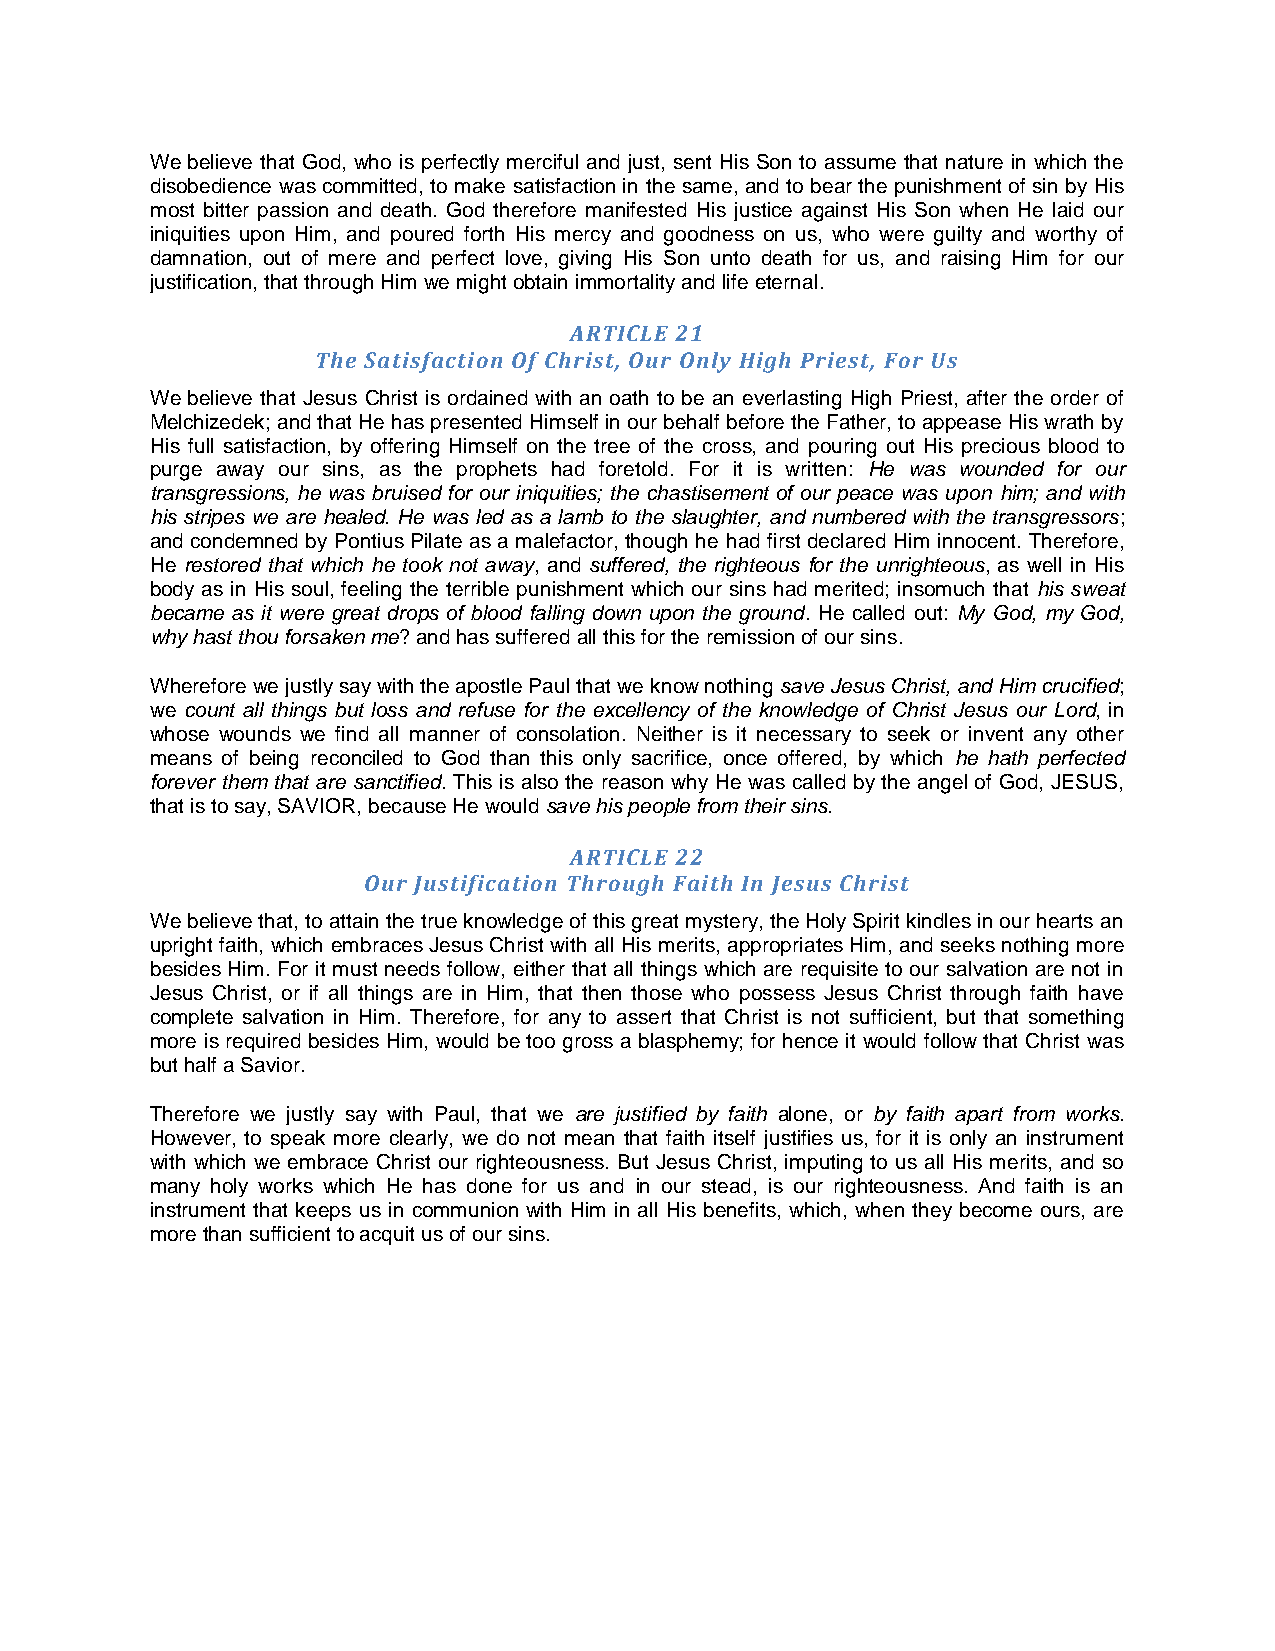
We believe that God, who is perfectly merciful and just, sent His Son to assume that nature in which the
 disobedience was committed, to make satisfaction in the same, and to bear the punishment of sin by His
 most bitter passion and death. God therefore manifested His justice against His Son when He laid our
 iniquities upon Him, and poured forth His mercy and goodness on us, who were guilty and worthy of
 damnation, out of mere and perfect love, giving His Son unto death for us, and raising Him for our
 justification, that through Him we might obtain immortality and life eternal.
 ARTICLE 21
 The Satisfaction Of Christ, Our Only High Priest, For Us
 We believe that Jesus Christ is ordained with an oath to be an everlasting High Priest, after the order of
 Melchizedek; and that He has presented Himself in our behalf before the Father, to appease His wrath by
 His full satisfaction, by offering Himself on the tree of the cross, and pouring out His precious blood to
 purge away our sins, as the prophets had foretold. For it is written: He was wounded for our
 transgressions, he was bruised for our iniquities; the chastisement of our peace was upon him; and with
 his stripes we are healed. He was led as a lamb to the slaughter, and numbered with the transgressors;
 and condemned by Pontius Pilate as a malefactor, though he had first declared Him innocent. Therefore,
 He restored that which he took not away, and suffered, the righteous for the unrighteous, as well in His
 body as in His soul, feeling the terrible punishment which our sins had merited; insomuch that his sweat
 became as it were great drops of blood falling down upon the ground. He called out: My God, my God,
 why hast thou forsaken me? and has suffered all this for the remission of our sins.
 Wherefore we justly say with the apostle Paul that we know nothing save Jesus Christ, and Him crucified;
 we count all things but loss and refuse for the excellency of the knowledge of Christ Jesus our Lord, in
 whose wounds we find all manner of consolation. Neither is it necessary to seek or invent any other
 means of being reconciled to God than this only sacrifice, once offered, by which he hath perfected
 forever them that are sanctified. This is also the reason why He was called by the angel of God, JESUS,
 that is to say, SAVIOR, because He would save his people from their sins.
 ARTICLE 22
 Our Justification Through Faith In Jesus Christ
 We believe that, to attain the true knowledge of this great mystery, the Holy Spirit kindles in our hearts an
 upright faith, which embraces Jesus Christ with all His merits, appropriates Him, and seeks nothing more
 besides Him. For it must needs follow, either that all things which are requisite to our salvation are not in
 Jesus Christ, or if all things are in Him, that then those who possess Jesus Christ through faith have
 complete salvation in Him. Therefore, for any to assert that Christ is not sufficient, but that something
 more is required besides Him, would be too gross a blasphemy; for hence it would follow that Christ was
 but half a Savior.
 Therefore we justly say with Paul, that we are justified by faith alone, or by faith apart from works.
 However, to speak more clearly, we do not mean that faith itself justifies us, for it is only an instrument
 with which we embrace Christ our righteousness. But Jesus Christ, imputing to us all His merits, and so
 many holy works which He has done for us and in our stead, is our righteousness. And faith is an
 instrument that keeps us in communion with Him in all His benefits, which, when they become ours, are
 more than sufficient to acquit us of our sins.